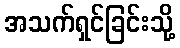
အသက်ရှင်ခြင်းသို့